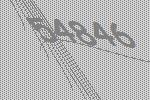
54846